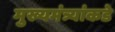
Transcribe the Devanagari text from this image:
मुख्यमंत्र्यांकडे